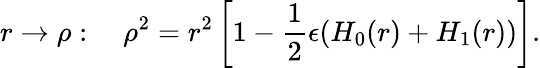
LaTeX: r\rightarrow\rho:\quad\rho^{2}=r^{2}\left[1-\frac{1}{2}\epsilon(H_{0}(r)+H_{1}(r))\right].